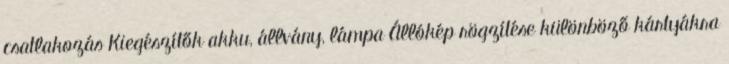
csatlakozás Kiegészítők akku, állvány, lámpa Állókép rögzítése különböző kártyákra